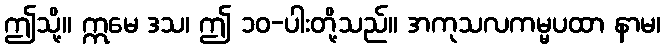
ဤသို့။ ဣမေ ဒသ၊ ဤ ၁၀-ပါးတို့သည်။ အကုသလကမ္မပထာ နာမ၊